Annual administration report of the Civil Veterinary Department of India - 1898-1899
Year: 1898
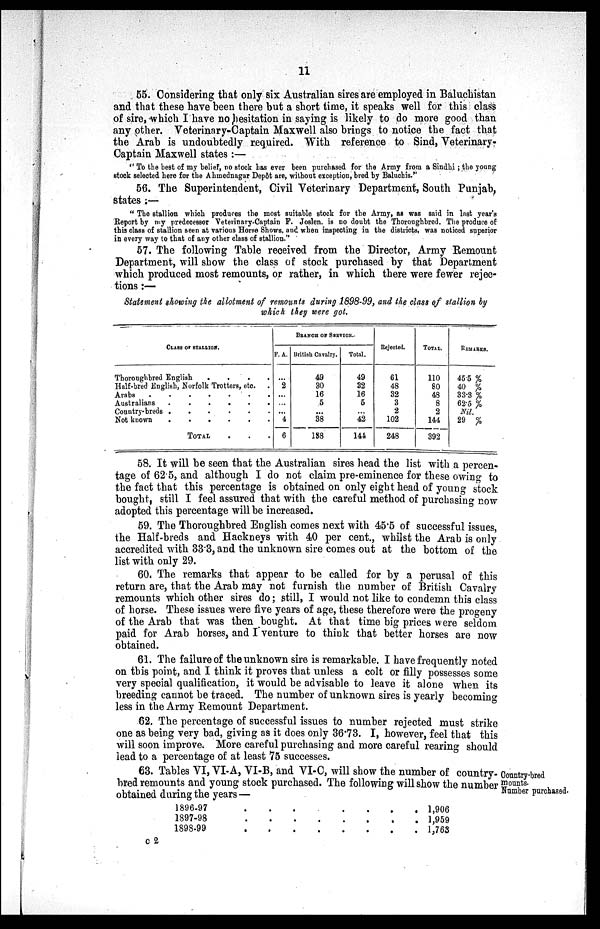
11
55. Considering that only six Australian sires are employed in Baluchistan
and that these have been there but a short time, it speaks well for this class
of sire, which I have no hesitation in saying is likely to do more good than
any other. Veterinary-Captain Maxwell also brings to notice the fact that
the Arab is undoubtedly required. With reference to Sind, Veterinary¬
Captain Maxwell states:—
"To the best of my belief, no stock has ever been purchased for the Army from a Sindhi; the young
stock selected here for the Ahmednagar Depôt are, without exception, bred by Baluchis."
56. The Superintendent, Civil Veterinary Department, South Punjab,
states:—
"The stallion which produces the most suitable stock for the Army, as was said in last year's
Report by my predecessor Veterinary-Captain F. Joslen. is no doubt the Thoroughbred. The produce of
this class of stallion seen at various Horse Shows, and when inspecting in the districts, was noticed superior
in every way to that of any other class of stallion."
57. The following Table received from the Director, Army Remount
Department, will show the class of stock purchased by that Department
which produced most remounts, or rather, in which there were fewer rejec-
tions:—
Statement showing the allotment of remounts during 1898-99, and the class of stallion by
which they were got.
CLASS OF STALLION.
Thoroughbred English
.
.
.
.
Half-bred English, Norfolk Trotters, etc. .
Arabs
.
.
.
.
.
.
.
Australians
.
.
.
.
.
.
Country-breds .
.
.
.
.
.
Not known
.
.
.
.
.
.
TOTAL . . .
BRANCH OF SERVICE.
F. A.
...
2
...
...
...
4
6
British Cavalry.
49
30
16
5
...
38
138
Total.
49
32
16
5
...
42
144
Rejected.
61
48
32
3
2
102
248
TOTAL.
110
80
48
8
2
144
392
REMARKS.
45.5 %
40 %
33.3 %
62.5 %
Nil.
29 %
58. It will be seen that the Australian sires head the list with a percen-
tage of 62.5, and although I do not claim pre-eminence for these owing to
the fact that this percentage is obtained on only eight head of young stock
bought, still I feel assured that with the careful method of purchasing now
adopted this percentage will be increased.
59. The Thoroughbred English comes next with 45.5 of successful issues,
the Half-breds and Hackneys with 40 per cent., whilst the Arab is only
accredited with 33.3, and the unknown sire comes out at the bottom of the
list with only 29.
60. The remarks that appear to be called for by a perusal of this
return are, that the Arab may not furnish the number of British Cavalry
remounts which other sires do; still, I would not like to condemn this class
of horse. These issues were five years of age, these therefore were the progeny
of the Arab that was then bought. At that time big prices were seldom
paid for Arab horses, and I venture to think that better horses are now
obtained.
61. The failure of the unknown sire is remarkable. I have frequently noted
on this point, and I think it proves that unless a colt or filly possesses some
very special qualification, it would be advisable to leave it alone when its
breeding cannot be traced. The number of unknown sires is yearly becoming
less in the Army Remount Department.
62. The percentage of successful issues to number rejected must strike
one as being very bad, giving as it does only 36.73. I, however, feel that this
will soon improve. More careful purchasing and more careful rearing should
lead to a percentage of at least 75 successes.
Country-bred
mounts.
Number purchased.
63. Tables VI, VI-A, VI-B, and VI-C, will show the number of country¬
bred remounts and young stock purchased. The following will show the number
obtained during the years —
1896-97
1897-98
1898-99
.
.
.
.
.
.
.
.
.
.
.
.
.
.
.
.
.
.
.
.
.
. 1,906
. 1,959
.
1,763
C 2